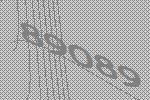
89089